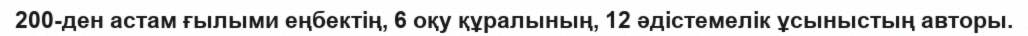
200-ден астам ғылыми еңбектің, 6 оқу құралының, 12 әдістемелік ұсыныстың авторы.